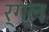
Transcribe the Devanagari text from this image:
र्गल